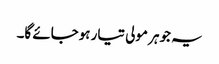
یہ جوہر مولی تیار ہوجائے گا۔